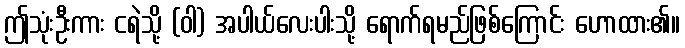
ဤသုံးဦးကား ငရဲသို့ (ဝါ) အပါယ်လေးပါးသို့ ရောက်ရမည်ဖြစ်ကြောင်း ဟောထား၏။